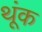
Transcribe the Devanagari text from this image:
थूंक